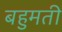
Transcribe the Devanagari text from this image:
बहुमती